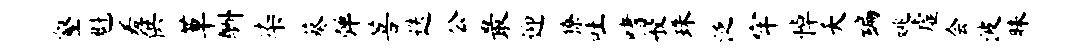
壑魁羞供草酬染葵弹菩迭公最迎獠吐嗜般珠泛牢悼夭编姚虚会波昧